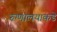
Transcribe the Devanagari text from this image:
रुग्णालयाकडे